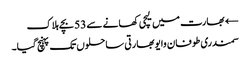
← بھارت میں لیچی کھانے سے 53 بچے ہلاک
سمندری طوفان وایو بھارتی ساحلوں تک پہنچ گیا۔